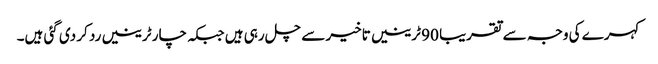
کہرے کی وجہ سے تقریبا 90 ٹرینیں تاخیر سے چل رہی ہیں جبکہ چار ٹرینیں رد کر دی گئی ہیں۔